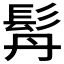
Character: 𩬅